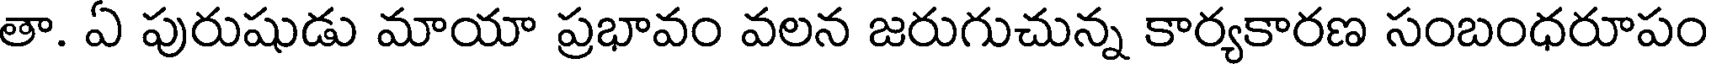
తా. ఏ పురుషుడు మాయా ప్రభావం వలన జరుగుచున్న కార్యకారణ సంబంధరూపం